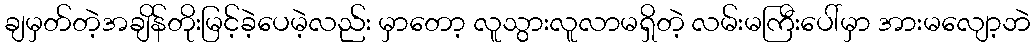
ချမှတ်တဲ့အချိန်တိုးမြင့်ခဲ့ပေမဲ့လည်း မှာတော့ လူသွားလူလာမရှိတဲ့ လမ်းမကြီးပေါ်မှာ အားမလျော့ဘဲ